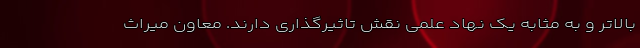
بالاتر و به مثابه یک نهاد علمی نقش تاثیرگذاری دارند. معاون میراث‌